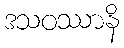
ဒသဝဿာနိ